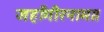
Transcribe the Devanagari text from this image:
जहाँगीरनामा।